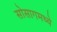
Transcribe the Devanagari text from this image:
सोसागमध्ये